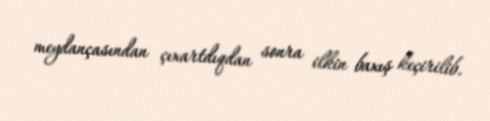
meydançasından çıxartdıqdan sonra ilkin baxış keçirilib.